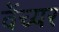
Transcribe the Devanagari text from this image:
वेंच्यर